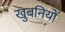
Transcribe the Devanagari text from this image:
खुबनियों